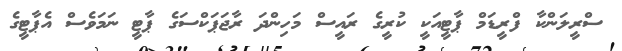
ސްރީލަންކާ ފްރީޑަމް ޕާޓީއަކީ ކުރީގެ ރައީސް މަހިންދަ ރާޖަޕަކްސަގެ ޕާޓީ ނަމަވެސް އެޕާޓީގެ